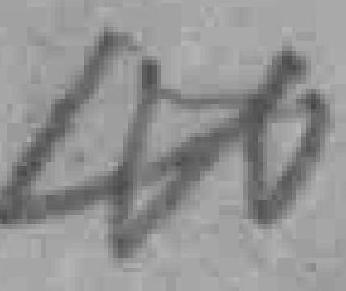
46